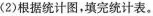
(2)根据统计图，填完统计表。